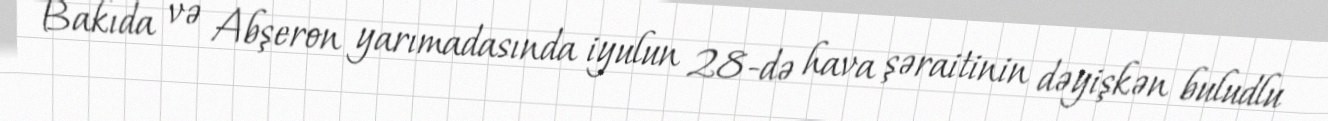
Bakıda və Abşeron yarımadasında iyulun 28-də hava şəraitinin dəyişkən buludlu